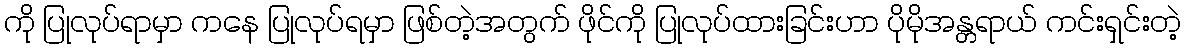
ကို ပြုလုပ်ရာမှာ ကနေ ပြုလုပ်ရမှာ ဖြစ်တဲ့အတွက် ဖိုင်ကို ပြုလုပ်ထားခြင်းဟာ ပိုမိုအန္တရာယ် ကင်းရှင်းတဲ့